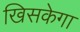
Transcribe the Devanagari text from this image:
खिसकेगा